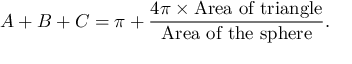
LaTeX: \displaystyle A + B + C = \pi + { \frac { 4 \pi \times { \mathrm { A r e a ~ o f ~ t r i a n g l e } } } { \mathrm { A r e a ~ o f ~ t h e ~ s p h e r e } } } .